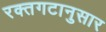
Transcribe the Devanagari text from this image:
रक्तगटानुसार